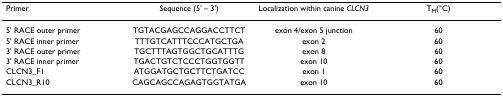
<table><thead><tr><td><b>Primer</b></td><td><b>Sequence (5&#x27; – 3&#x27;)</b></td><td><b>Localization within canine <i>CLCN3</i></b></td><td><b>T<sub>M</sub>(°C)</b></td></tr></thead><tbody><tr><td>5&#x27; RACE outer primer</td><td>TGTACGAGCCAGGACCTTCT</td><td>exon 4/exon 5 junction</td><td>60</td></tr><tr><td>5&#x27; RACE inner primer</td><td>TTTGTCATTTCCCATGCTGA</td><td>exon 2</td><td>60</td></tr><tr><td>3&#x27; RACE outer primer</td><td>TGCTTTAGTGGCTGCATTTG</td><td>exon 8</td><td>60</td></tr><tr><td>3&#x27; RACE inner primer</td><td>TGACTGTCTCCCTGGTGGTT</td><td>exon 10</td><td>60</td></tr><tr><td>CLCN3_F1</td><td>ATGGATGCTGCTTCTGATCC</td><td>exon 1</td><td>60</td></tr><tr><td>CLCN3_R10</td><td>CAGCAGCCAGAGTGGTATGA</td><td>exon 10</td><td>60</td></tr></tbody></table>